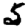
Digit: 5